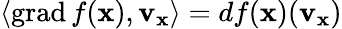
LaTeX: \langle\operatorname{grad}f(\mathbf{x}),\mathbf{v}_{\mathbf{x}}\rangle=df(\mathbf{x})(\mathbf{v}_{\mathbf{x}})